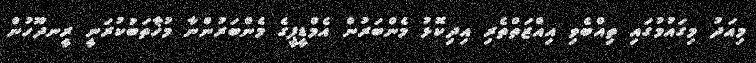
މިއަދު މިގައުމުގައި ތިއްބެވި އިއްޒަތްތެރި އިދިކޮޅު މެންބަރުން އެމްޑީޕީގެ މެންބަރުންނާ މުޚާތަބުކުރަނީ ރީނދޫހުން